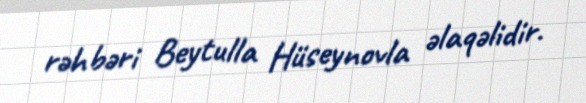
rəhbəri Beytulla Hüseynovla əlaqəlidir.